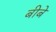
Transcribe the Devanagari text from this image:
बीबे